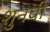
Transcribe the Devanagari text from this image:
शुनवी